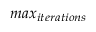
m a x _ { i t e r a t i o n s }